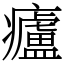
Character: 㿖